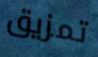
تمزيق